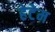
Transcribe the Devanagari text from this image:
हेटेम